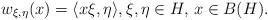
LaTeX: \begin{align*}w_{\xi,\eta}(x)=\langle x\xi, \eta\rangle,\xi,\eta\in H,\, x\in B(H).\end{align*}